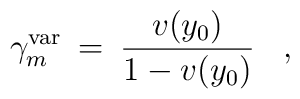
\gamma_m^{\rm var} \> = \> { v(y_0) \over 1 -  v(y_0)}\;\;\;,